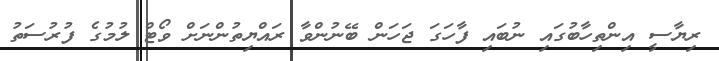
ރިޔާސީ އިންތިހާބުގައި ނުބައި ފާހަގަ ޖަހަން ބޭނުންވާ ރައްޔިތުންނަށް ވޯޓް ލުމުގެ ފުރުސަތު